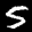
Label: 5